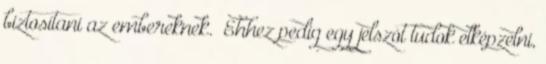
biztosítani az embereknek. „Ehhez pedig egy jelszót tudok elképzelni,